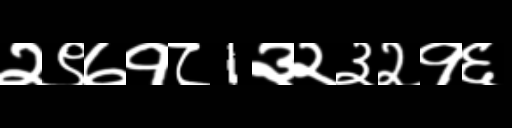
Text: २९७१८1३२३२१६